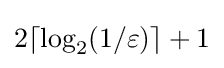
2\lceil \log _{2}(1/\varepsilon )\rceil +1